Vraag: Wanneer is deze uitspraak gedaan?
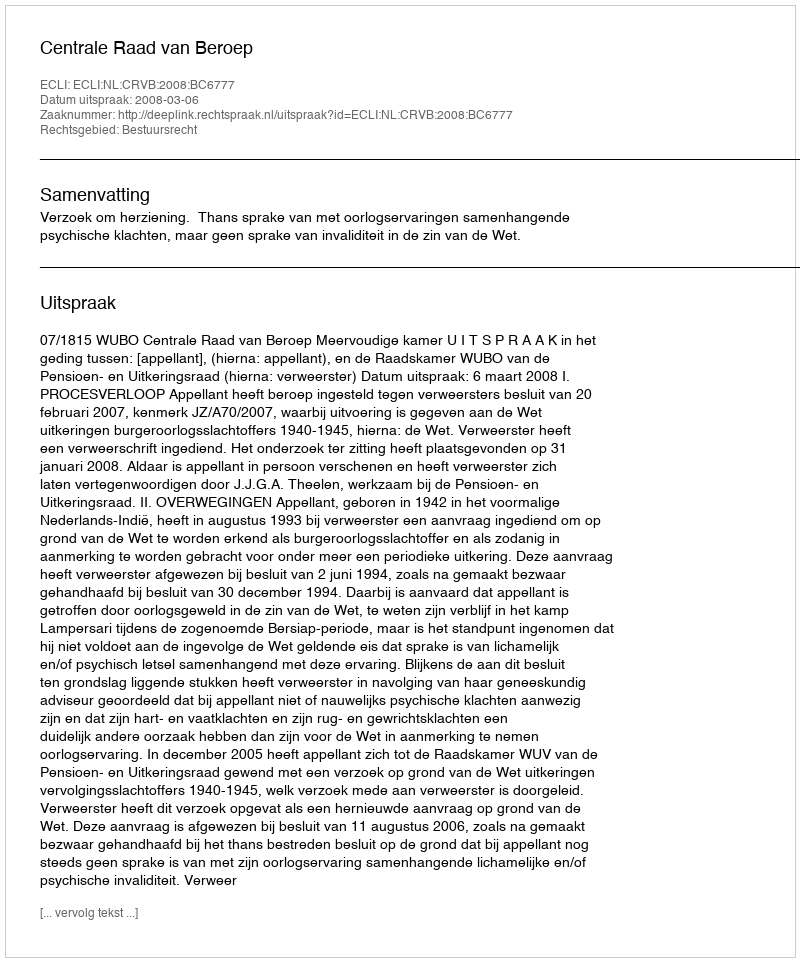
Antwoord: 2008-03-06